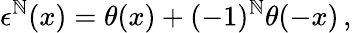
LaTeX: \epsilon^{\mathbb{N}}(x)=\theta(x)+(-1)^{\mathbb{N}}\theta(-x)\, ,